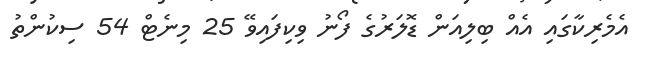
އެމެރިކާގައި އެއް ބިލިއަން ޑޮލަރުގެ ފޯނު ވިކިފައިވޭ 25 މިނެޓް 54 ސިކުންތު